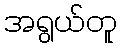
အရွယ်တူ